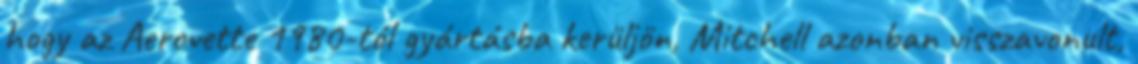
hogy az Aerovette 1980-tól gyártásba kerüljön, Mitchell azonban visszavonult,